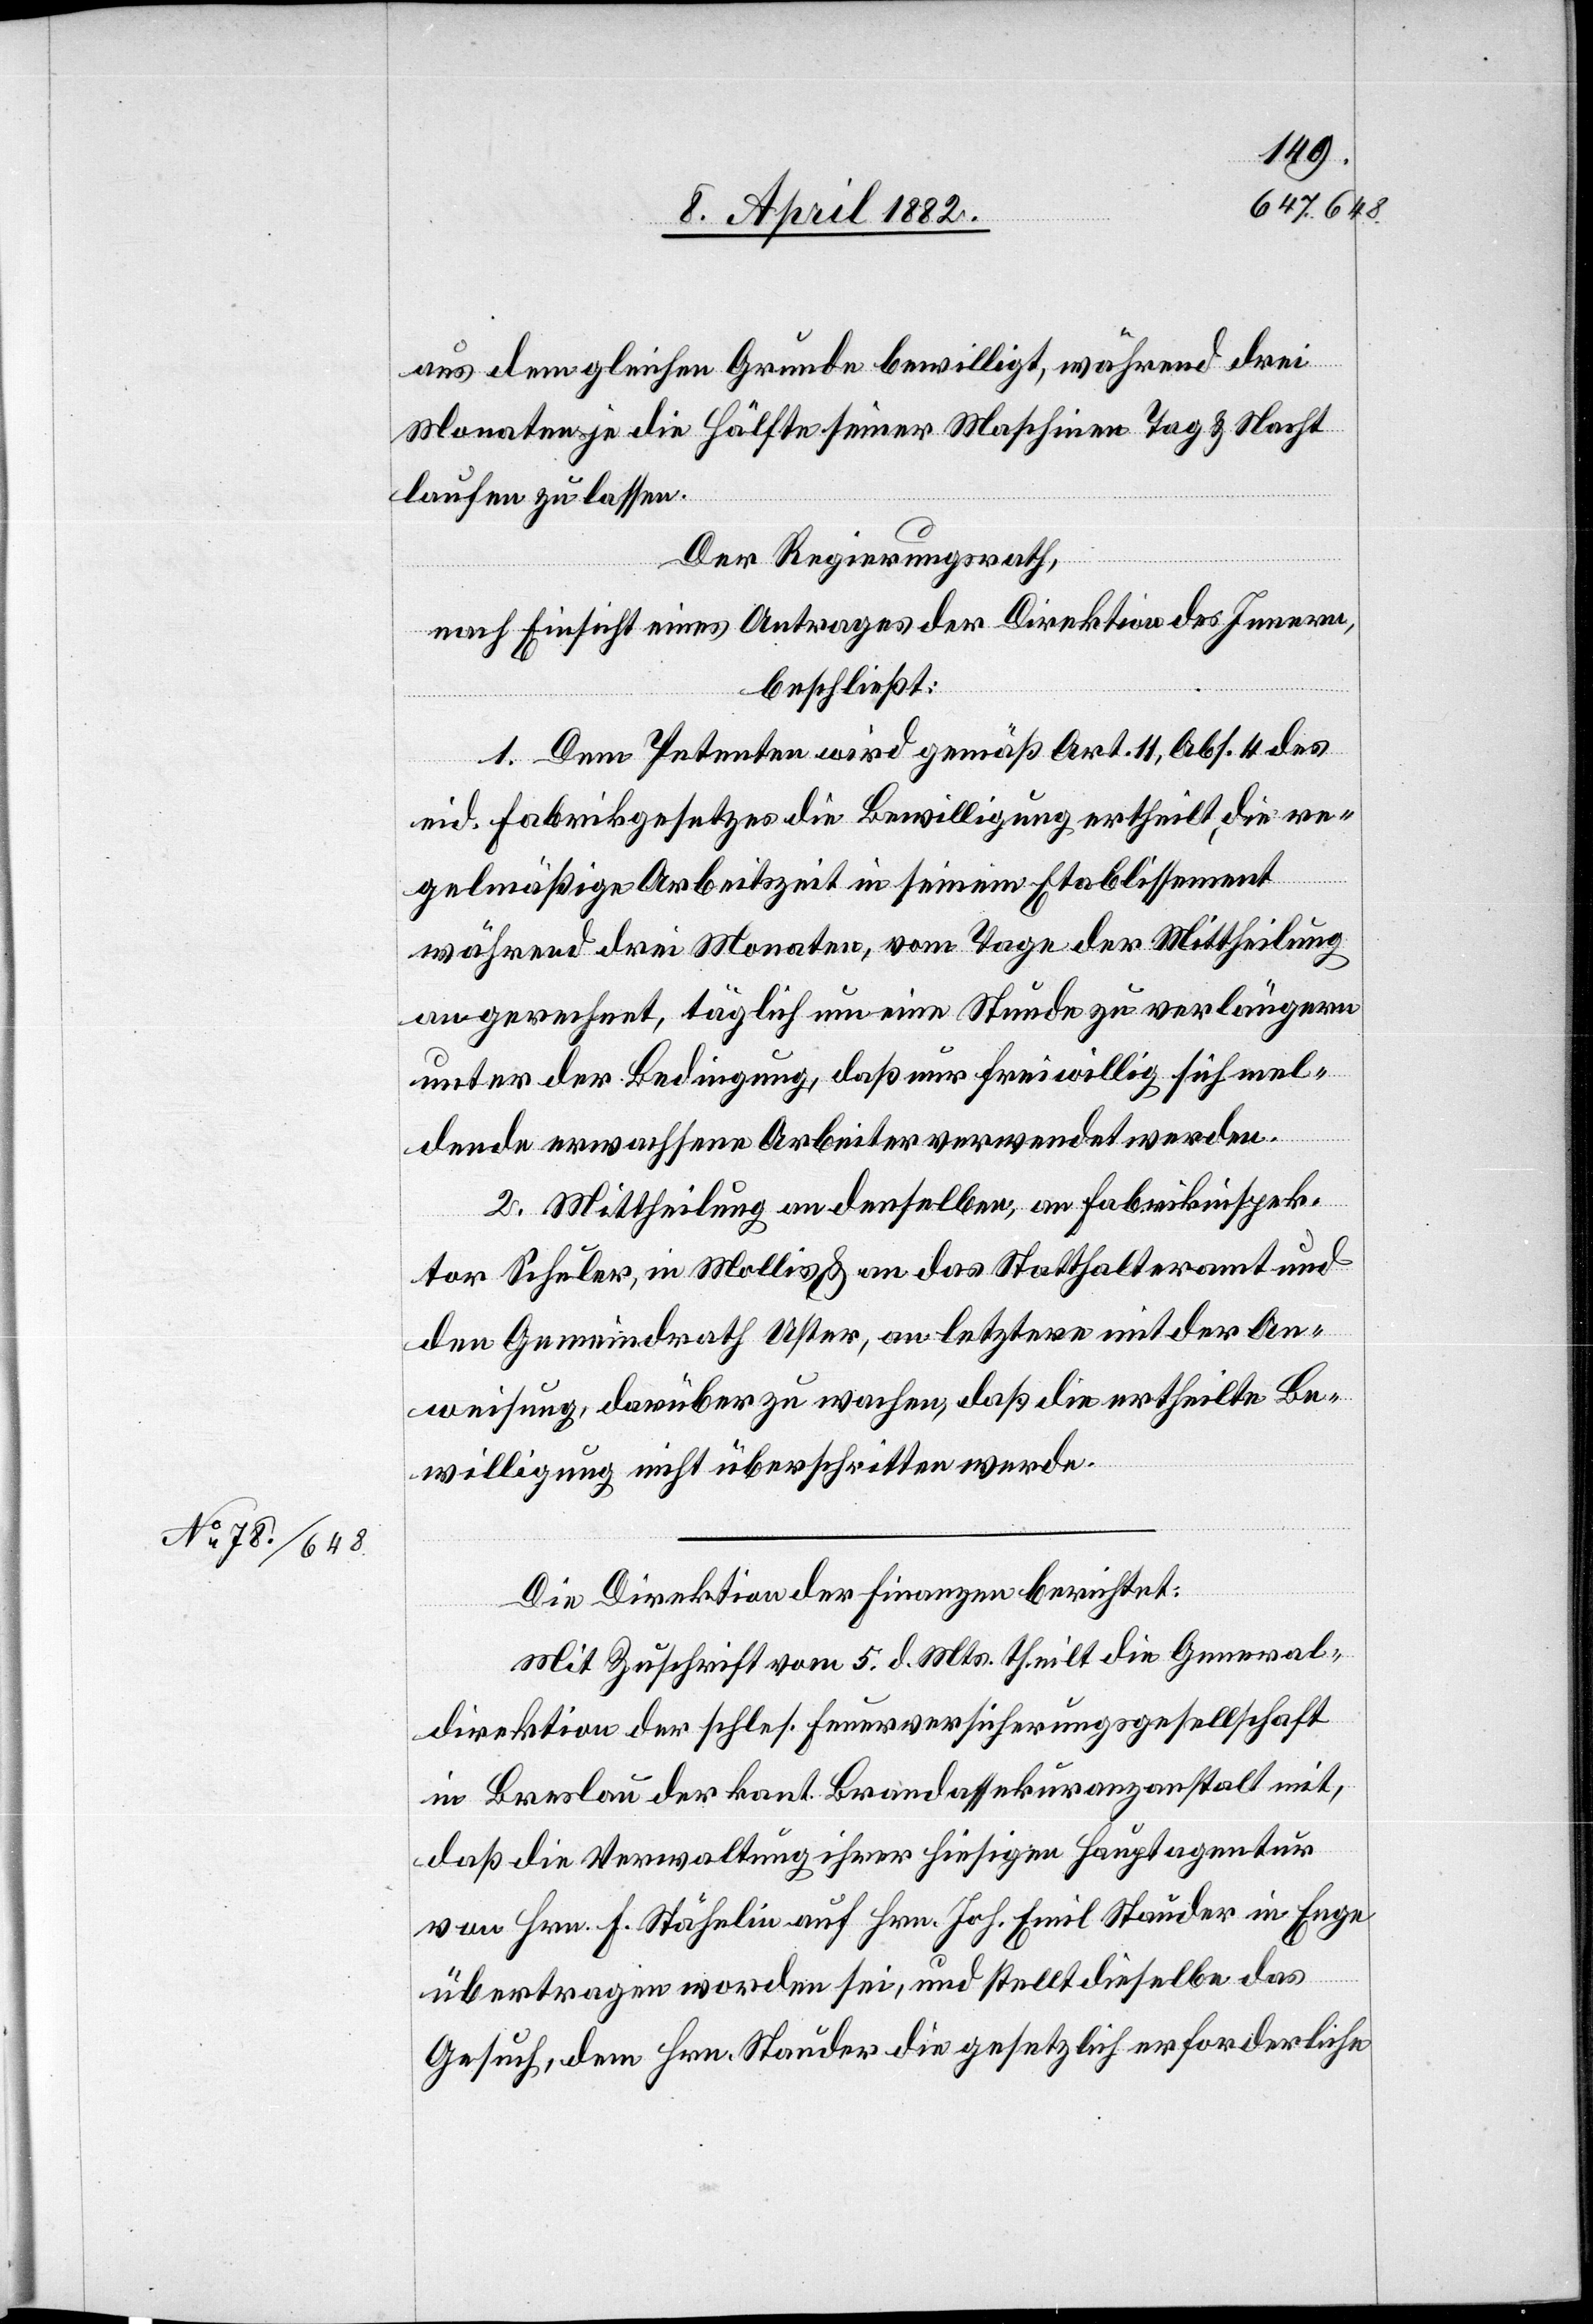
11. April 1882.]
aus dem gleichen Grunde bewilligt, während drei
Monaten je die Hälfte seiner Maschinen Tag & Nacht
laufen zu lassen.
Der Regierungsrath,
nach Einsicht eines Antrages der Direktion des Innern,
beschließt:
1. Dem Petenten wird gemäß Art. 11, Abs. 4 des
eid. Fabrikgesetzes die Bewilligung ertheilt, die re¬
gelmäßige Arbeitszeit in seinem Etablissement
während drei Monaten, vom Tage der Mittheilung
an gerechnet, täglich um eine Stunde zu verlängern
unter der Bedingung, daß nur freiwillig sich mel¬
dende erwachsene Arbeiter verwendet werden.
2. Mittheilung an denselben, an Fabrikinspek¬
tor Schuler, in Mollis & an das Statthalteramt und
den Gemeindrath Uster, an letztere mit der An¬
weisung, darüber zu wachen, daß die ertheilte Be¬
willigung nicht überschritten werde.
Die Direktion der Finanzen berichtet:
Mit Zuschrift vom 5. d. Mts. theilt die General¬
direktion der schles. Feuerversicherungsgesellschaft
in Breslau der kant. Brandassekuranzanstalt mit,
daß die Verwaltung ihrer hiesigen Hauptagentur
von Hrn. F. Stähelin auf Hrn. Joh. Emil Stauder in Enge
übertragen worden sei, und stellt dieselbe das
Gesuch, dem Hrn. Stauder die gesetzlich erforderliche